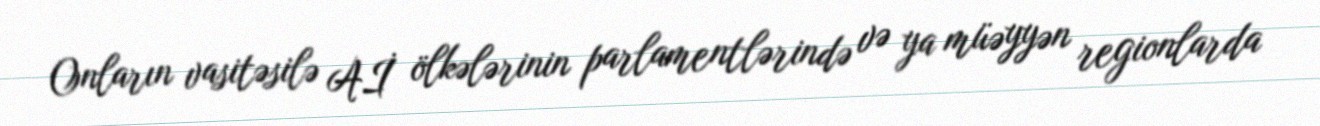
Onların vasitəsilə Aİ ölkələrinin parlamentlərində və ya müəyyən regionlarda